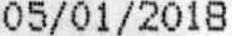
05/01/2018